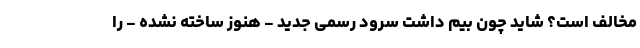
مخالف است؟ شاید چون بیم داشت سرود رسمی جدید - هنوز ساخته نشده - را